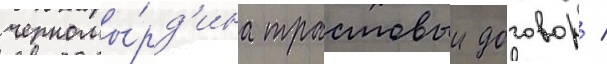
черномы́рд'ина трастовыи договор /